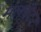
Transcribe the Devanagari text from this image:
मलवेटर